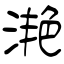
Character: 滟